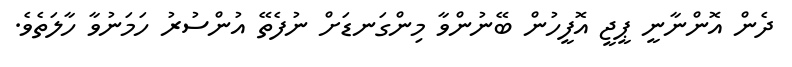
ދެން އޮންނާނީ ޕީޖީ އޮފީހުން ބޭނުންވާ މިންގަނޑަށް ނުފެތޭ އުންސުރު ހަމަނުވާ ހާލަތެވެ.